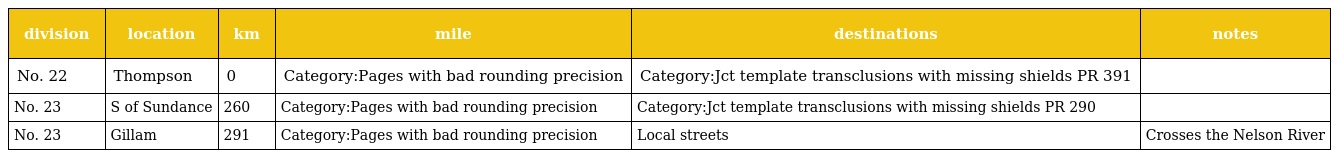
| division | location | km | mile | destinations | notes |
 | --- | --- | --- | --- | --- | --- |
 | No. 22 | Thompson | 0 | Category:Pages with bad rounding precision | Category:Jct template transclusions with missing shields PR 391 |  |
 | No. 23 | S of Sundance | 260 | Category:Pages with bad rounding precision | Category:Jct template transclusions with missing shields PR 290 |  |
 | No. 23 | Gillam | 291 | Category:Pages with bad rounding precision | Local streets | Crosses the Nelson River |